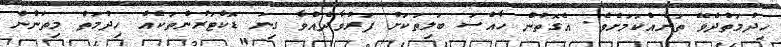
ހިދުމަތްދެވޭ ތަނެއްކަމަށެވެ. އެގޮތުން ހާއްސަ ބަލިތަކަށް ފަރުވާދެއްވާ ގިނަ ޑޮކްޓަރުންތަކެއް ހިދުމަތް މިތަނުން